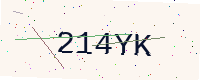
Text: 214YK